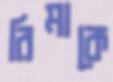
রিমাকে